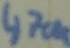
Text: 470K